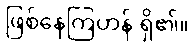
ဖြစ်နေကြဟန် ရှိ၏။